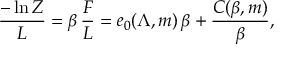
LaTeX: { \frac { - \ln Z } { L } } = \beta \, { \frac { F } { L } } = e _ { 0 } ( \Lambda , m ) \, \beta + { \frac { C ( \beta , m ) } { \beta } } ,